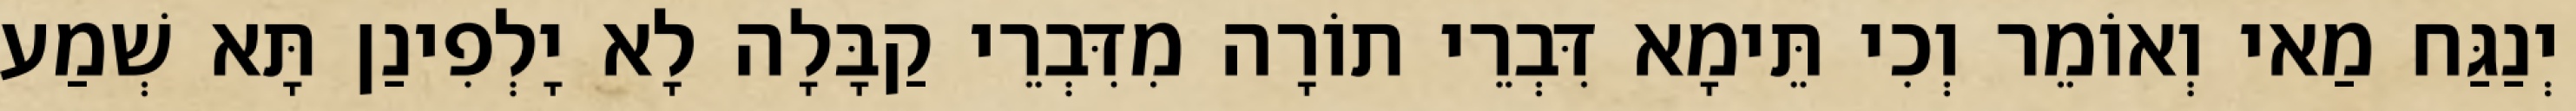
יְנַגַּח מַאי וְאוֹמֵר וְכִי תֵּימָא דִּבְרֵי תוֹרָה מִדִּבְרֵי קַבָּלָה לָא יָלְפִינַן תָּא שְׁמַע